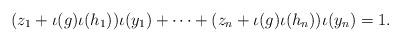
LaTeX: \begin{align*}(z_1+\iota(g) \iota(h_1))\iota(y_1)+\cdots+ (z_n+\iota(g) \iota(h_n))\iota(y_n)=1 .\end{align*}